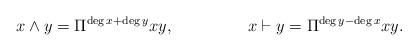
LaTeX: \begin{align*}x\wedge y= \Pi^{\deg x + \deg y}xy, &&x\vdash y= \Pi^{\deg y - \deg x}xy.\end{align*}